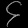
Digit: ၄